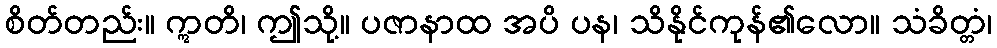
စိတ်တည်း။ ဣတိ၊ ဤသို့။ ပဇာနာထ အပိ ပန၊ သိနိုင်ကုန်၏လော။ သံခိတ္တံ၊